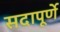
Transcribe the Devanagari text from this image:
सदापूर्णे